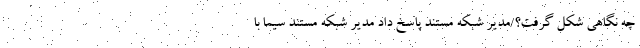
چه نگاهی شکل گرفت؟/مدیر شبکه مستند پاسخ داد مدیر شبکه مستند سیما با